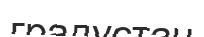
градустан